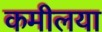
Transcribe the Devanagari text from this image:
कमीलया